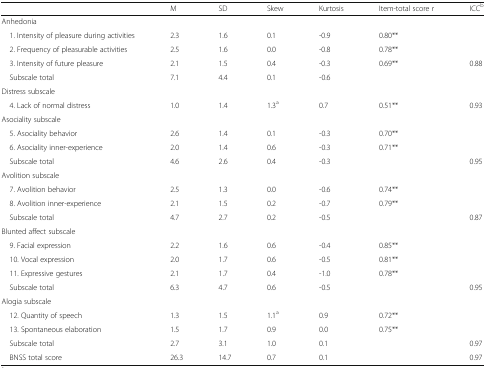
|  | M | SD | Skew | Kurtosis | Item-total score r | ICCb |
 | --- | --- | --- | --- | --- | --- | --- |
 | <COLSPAN=7> Anhedonia |
 | 1. Intensity of pleasure during activities | 2.3 | 1.6 | 0.1 | -0.9 | 0.80** |  |
 | 2. Frequency of pleasurable activities | 2.5 | 1.6 | 0.0 | -0.8 | 0.78** |  |
 | 3. Intensity of future pleasure | 2.1 | 1.5 | 0.4 | -0.3 | 0.69** | 0.88 |
 | Subscale total | 7.1 | 4.4 | 0.1 | -0.6 |  |  |
 | <COLSPAN=7> Distress subscale |
 | 4. Lack of normal distress | 1.0 | 1.4 | 1.3a | 0.7 | 0.51** | 0.93 |
 | <COLSPAN=7> Asociality subscale |
 | 5. Asociality behavior | 2.6 | 1.4 | 0.1 | -0.3 | 0.70** |  |
 | 6. Asociality inner-experience | 2.0 | 1.4 | 0.6 | -0.3 | 0.71** |  |
 | Subscale total | 4.6 | 2.6 | 0.4 | -0.3 |  | 0.95 |
 | <COLSPAN=7> Avolition subscale |
 | 7. Avolition behavior | 2.5 | 1.3 | 0.0 | -0.6 | 0.74** |  |
 | 8. Avolition inner-experience | 2.1 | 1.5 | 0.2 | -0.7 | 0.79** |  |
 | Subscale total | 4.7 | 2.7 | 0.2 | -0.5 |  | 0.87 |
 | <COLSPAN=7> Blunted affect subscale |
 | 9. Facial expression | 2.2 | 1.6 | 0.6 | -0.4 | 0.85** |  |
 | 10. Vocal expression | 2.0 | 1.7 | 0.6 | -0.5 | 0.81** |  |
 | 11. Expressive gestures | 2.1 | 1.7 | 0.4 | -1.0 | 0.78** |  |
 | Subscale total | 6.3 | 4.7 | 0.6 | -0.5 |  | 0.95 |
 | <COLSPAN=7> Alogia subscale |
 | 12. Quantity of speech | 1.3 | 1.5 | 1.1a | 0.9 | 0.72** |  |
 | 13. Spontaneous elaboration | 1.5 | 1.7 | 0.9 | 0.0 | 0.75** |  |
 | Subscale total | 2.7 | 3.1 | 1.0 | 0.1 |  | 0.97 |
 | BNSS total score | 26.3 | 14.7 | 0.7 | 0.1 |  | 0.97 |